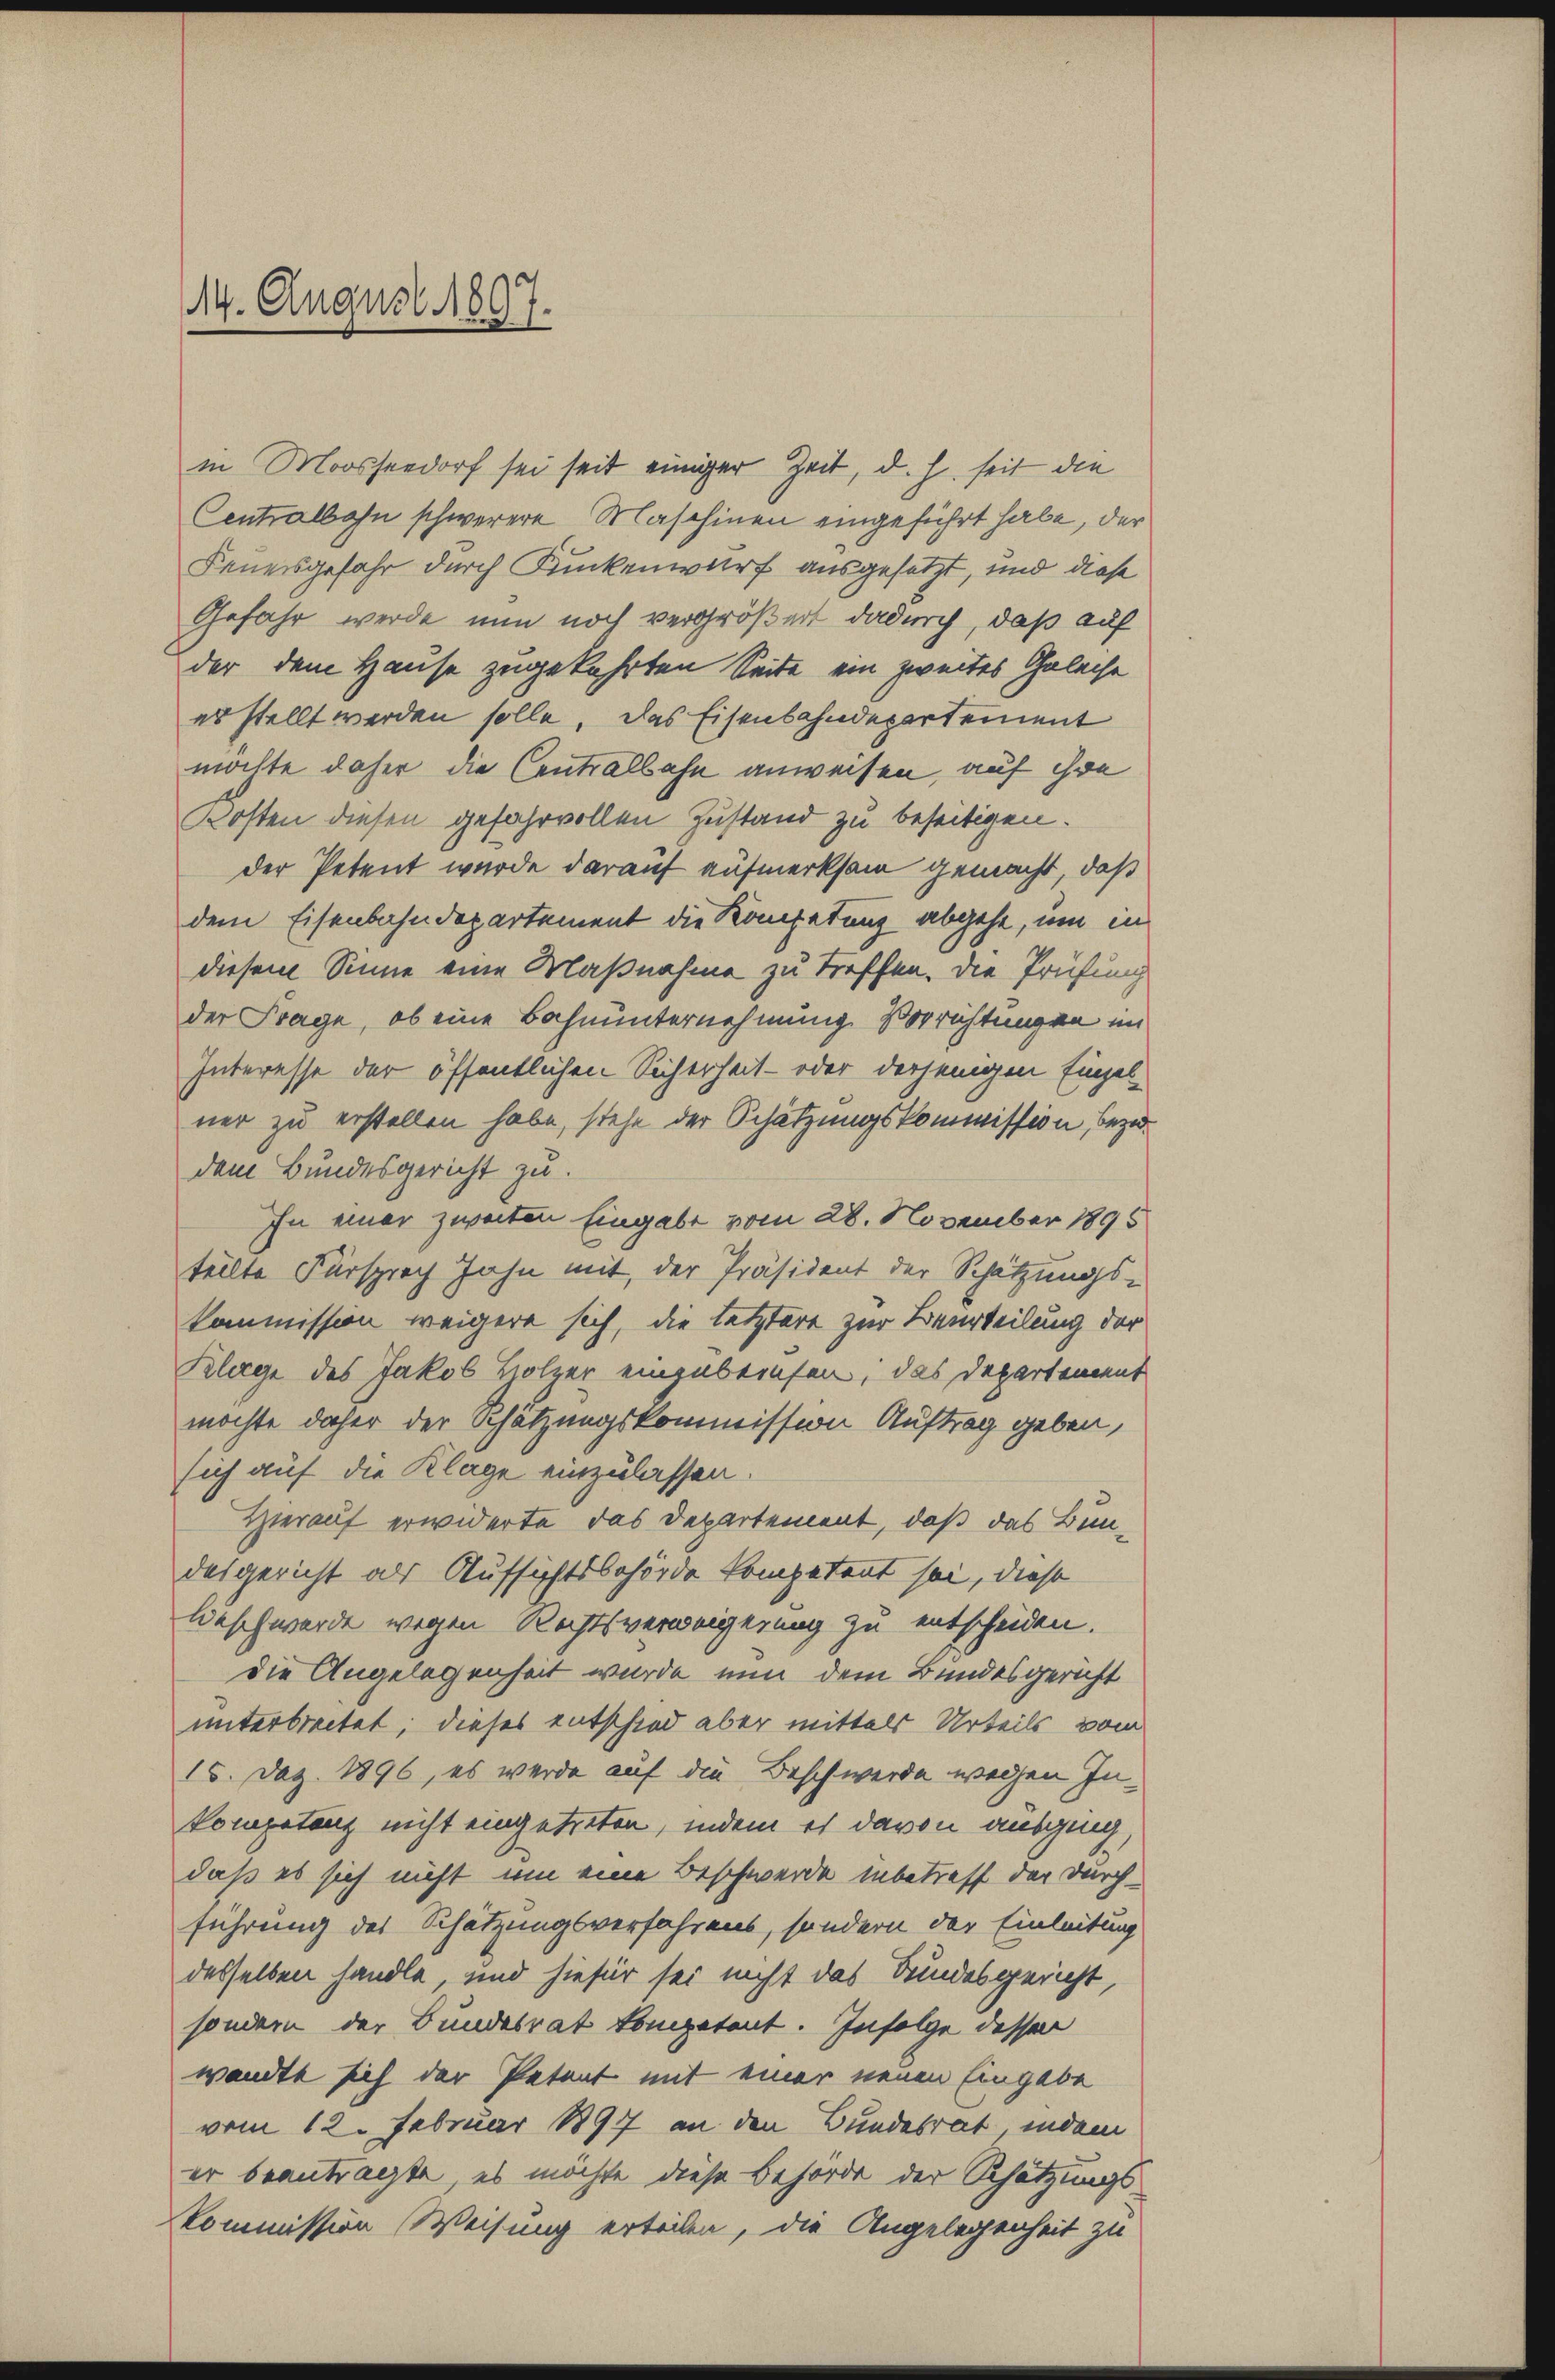
14. August 1897.

in Moossendorf sei seit einiger Zeit, d. h. seit die
Centralbahn schwerere Maschinen eingeführt habe, der
Feuersgefahr durch Runkenwurf ausgesetzt, und diese
Gefahr werde nun noch vergrößert dadurch, daß auf
der dem Hause zugekehrten Seite ein zweites Gelache
es stellt werden solle, das Eisenbahndepartement
möchte daher die Centralbahn anweisen, auf ihre
Kosten diesen gefahrvollen Zustand zu beseitigen.
der Petent wurde darauf aufmerksam gemacht, daß
dem Eisenbahndepartement die Kompetung abgehe, um in
diesem Sinne eine Maßnahme zu treffen. Die Prüfung
der Frage, ob eine Bahnunternehmung Vorrichtungen im
Interesse der öffentlichen Sicherheit - oder derjenigen Einzelner zu erstellen habe, stehe der Schätzungskommission bezudem Bundesgericht zu.
In einer zweiten Eingabe vom 28. November 1895
teilte Fürsprach Jahn mit der Präsident der Schätzungskommission weigere sich, die letztere zur Beurteilung der
Klage des Jakob Holzer einzubeinsen, das Departement
möchte daher der Schätzungskommission Auftrag geben,
sich auf die Klage einzulassen.
Hierauf erwiderte das Departement, daß das Bun-
desgericht als Aufsichtsbehörde kompetent sei, diese
leschwerde wegen Rechtsverweigerung zu entscheiden.
die Angelegenheit wurde nun dem Bundesgericht
unterbreitet; dieses entschied aber mittels Urteils vom
15. Dez. 1896, es werde auf die Beschwerde wegen Inkompetenz nicht eingetreten, indem es davon ausging,
daß es sich nicht um eine Beschwerde inbetreff der Durch-
führung des Schätzungsverfahrens, sondern der Einleitung
desselben handle, und hiefür sei nicht das Bundesgericht,
sondern der Bundesrat kompetent. Infolge dessen
wandte sich der Petent mit einer neuen Eingabe
vom 12. Februar 1897 an den Bundesrat, indem
er beantragte, es möchte diese Behörde der Schätzungskommission Weisung erteilen, die Angelegenheit zu